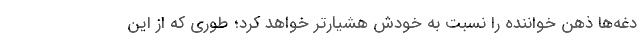
دغه‌ها ذهن خواننده را نسبت به خودش هشیارتر خواهد کرد؛ طوری که از این